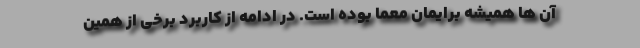
آن ها همیشه برایمان معما بوده است. در ادامه از کاربرد برخی از همین